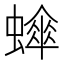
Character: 𬠮